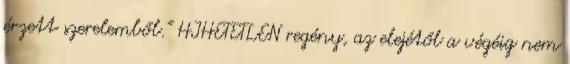
érzett szerelemből." HIHETETLEN regény, az elejétől a végéig nem